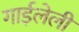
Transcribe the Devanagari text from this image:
गाईलेली